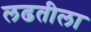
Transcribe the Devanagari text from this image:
लढतीला